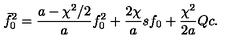
\bar { f } _ { 0 } ^ { 2 } = \frac { a - \chi ^ { 2 } / 2 } { a } f _ { 0 } ^ { 2 } + \frac { 2 \chi } { a } s f _ { 0 } + \frac { \chi ^ { 2 } } { 2 a } Q c .